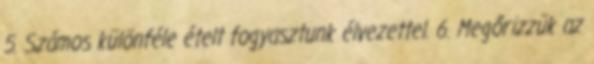
5. Számos különféle ételt fogyasztunk élvezettel. 6. Megőrizzük az